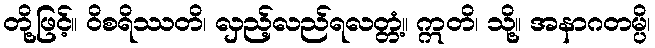
တို့ဖြင့်။ ဝိစရိဿတိ၊ လှည့်လည်ရလတ္တံ့။ ဣတိ၊ သို့။ အနာဂတမ္ပိ၊